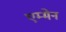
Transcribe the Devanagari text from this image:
एम्मेन